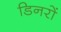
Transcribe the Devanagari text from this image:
डिनरों